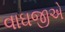
વાઘજીએ